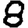
Digit: 8